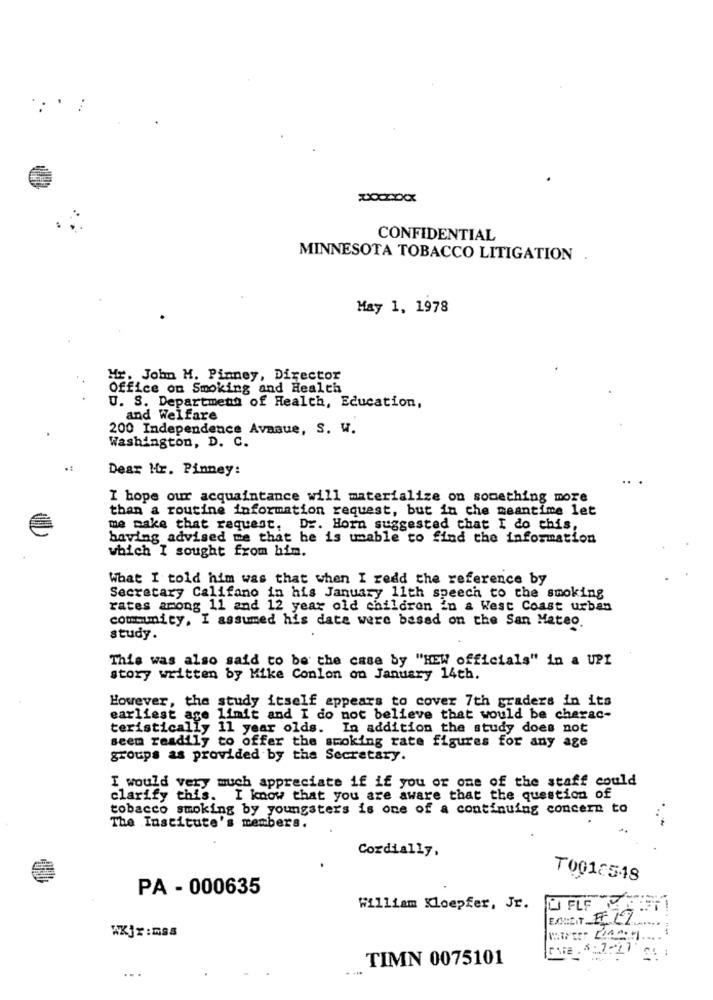
CONFIDENTIAL
MINNESOTA TOBACCO LITIGATION
May 1, 1978
Hr. John M. Pinney, Director
Office on Smoking and Health
U. S. Department of Health, Education,
and Welfare
200 Independence Avaaue, S. W.
Washington, D. C.
Dear Mr. Pinney:
..
I hope our acquaintance will materialize on something more
than a routine information request, but in the meantime let
me make that request, Dr. Horn suggested that I do this,
having advised me that he is unable to find the information
which I sought from him.
What I told him was that when I redd the reference by
Secretary Califano in his January 11th speech to the smoking
rates among 11 and 12 year old children in a West Coast urban
community, I assumed his date were based on the San Mateo.
study.
This was also said to be the case by "NEW officials" in a UPI
story written by Mike Conlon on January 14th.
However, the study itself appears to cover 7th graders in its
earliest age limit and I do not believe that would be cherac-
teristically 11 year olds.
In addition the study does not
seem readily to offer the smoking rate figures for any age
groups as provided by the Secretary.
I would very much appreciate if if you or one of the staff could
clarify this.
I know that you are aware that the question of
tobacco smoking by youngsters is one of a continuing concern to
The Institute's members.
...*
Cordially.
T0012548
PA - 000635
William Kloepfer, Jr.
U FLF
TIMN 0075101
...